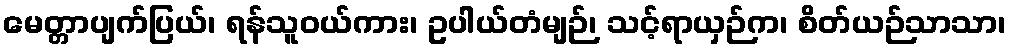
မေတ္တာပျက်ပြယ်၊ ရန်သူဝယ်ကား၊ ဥပါယ်တံမျဉ်၊ သင့်ရာယှဉ်က၊ စိတ်ယဉ်သာသာ၊